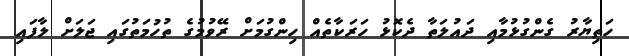
ހަތިޔާރު ގެންގުޅުމާއި ދައުލަތާ ދެކޮޅު ހަރަކާތެއް ހިންގުމަށް ރޭވުމުގެ ތުހުމަތުގައި ޖަލަށް ލާފައި